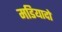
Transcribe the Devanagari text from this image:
मडियादो